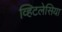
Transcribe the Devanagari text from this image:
व्हिटलेसिया